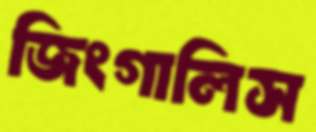
জিংগালিস